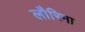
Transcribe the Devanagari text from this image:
लौरिना